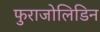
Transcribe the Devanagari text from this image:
फुराजोलिडिन